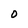
Character: O